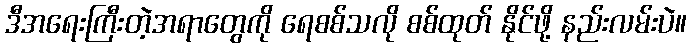
ဒီအရေးကြီးတဲ့အရာတွေကို ရေစစ်သလို စစ်ထုတ် နိုင်ဖို့ နည်းလမ်းပဲ။